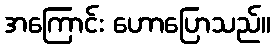
အကြောင်း ဟောပြောသည်။